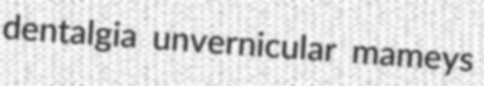
dentalgia unvernicular mameys